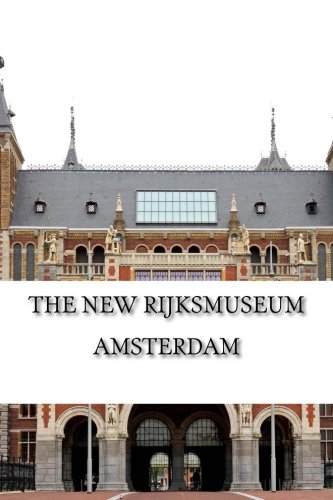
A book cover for The New Rijksmuseum Amsterdam (Amsterdam Museum E-Books) (Volume 1); Marko Kassenaar; Travel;